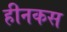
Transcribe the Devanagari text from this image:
हीनकस